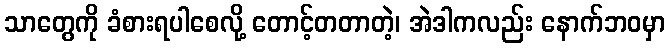
သာတွေကို ခံစားရပါစေလို့ တောင့်တတာတဲ့၊ အဲဒါကလည်း နောက်ဘဝမှာ